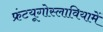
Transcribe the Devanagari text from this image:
फ्रंटयूगोस्लावियामें